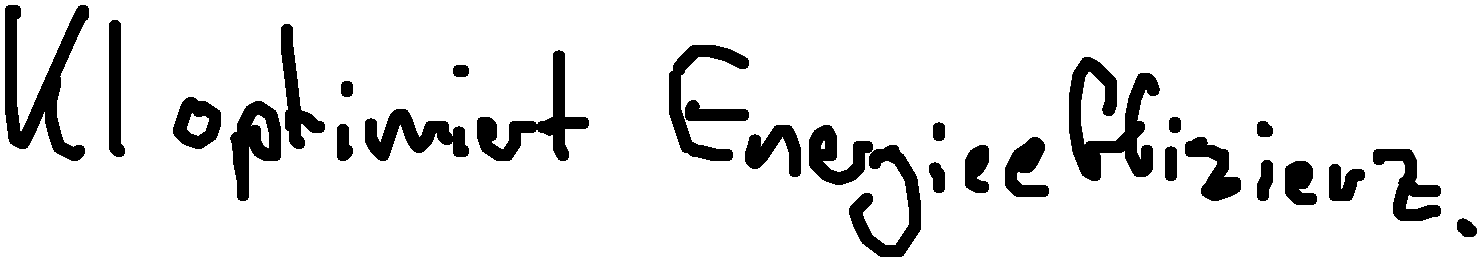
KI optimiert Energieeffizienz.